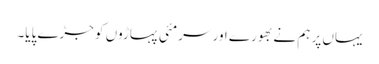
یہاں پر ہم نے بھورے اور سرمئی پہاڑوں کو جڑے پایا۔